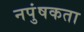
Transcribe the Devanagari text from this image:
नपुंषकता